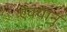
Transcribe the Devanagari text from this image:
ऐक्यानु